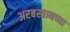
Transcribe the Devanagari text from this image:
अरबस्तानच्या